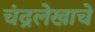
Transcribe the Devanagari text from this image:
चंद्रलेखाचे